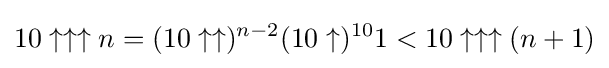
10\uparrow \uparrow \uparrow n=(10\uparrow \uparrow )^{n-2}(10\uparrow )^{10}1<10\uparrow \uparrow \uparrow (n+1)